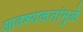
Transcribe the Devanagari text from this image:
आवश्यकतांमुळे